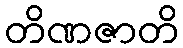
တိဏဇာတိ